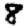
Digit: 8